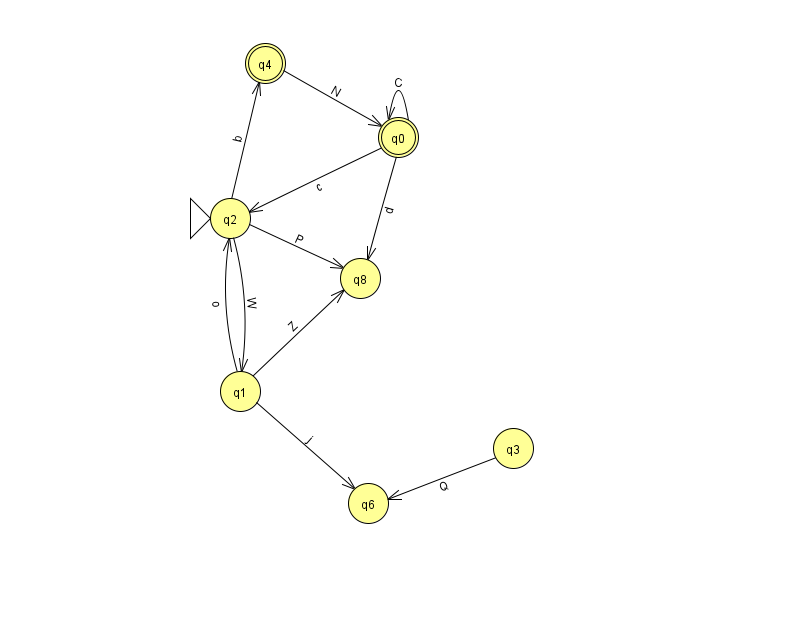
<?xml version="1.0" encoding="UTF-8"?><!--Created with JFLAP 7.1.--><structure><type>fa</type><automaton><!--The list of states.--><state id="0" name="q0"><x>398.0</x><y>124.0</y><final/></state><state id="1" name="q1"><x>240.0</x><y>378.0</y></state><state id="2" name="q2"><x>230.0</x><y>205.0</y><initial/></state><state id="3" name="q3"><x>513.0</x><y>435.0</y></state><state id="4" name="q4"><x>265.0</x><y>50.0</y><final/></state><state id="6" name="q6"><x>368.0</x><y>490.0</y></state><state id="8" name="q8"><x>360.0</x><y>265.0</y></state><!--The list of transitions.--><transition><from>4</from><to>0</to><read>N</read></transition><transition><from>2</from><to>4</to><read>b</read></transition><transition><from>1</from><to>6</to><read>j</read></transition><transition><from>0</from><to>0</to><read>C</read></transition><transition><from>0</from><to>8</to><read>d</read></transition><transition><from>3</from><to>6</to><read>Q</read></transition><transition><from>1</from><to>2</to><read>o</read></transition><transition><from>2</from><to>8</to><read>P</read></transition><transition><from>1</from><to>8</to><read>Z</read></transition><transition><from>2</from><to>1</to><read>W</read></transition><transition><from>0</from><to>2</to><read>c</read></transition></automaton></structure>